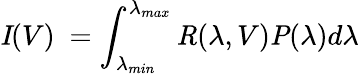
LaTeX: \textbf{\textit{I}}(V)\ =\int_{\lambda_{min}}^{\lambda_{max}}\textbf{\textit{R}}(\lambda,V)\textbf{\textit{P}}(\lambda)d\lambda